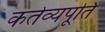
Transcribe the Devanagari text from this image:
कर्तव्यपूर्ति